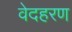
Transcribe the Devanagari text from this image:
वेदहरण